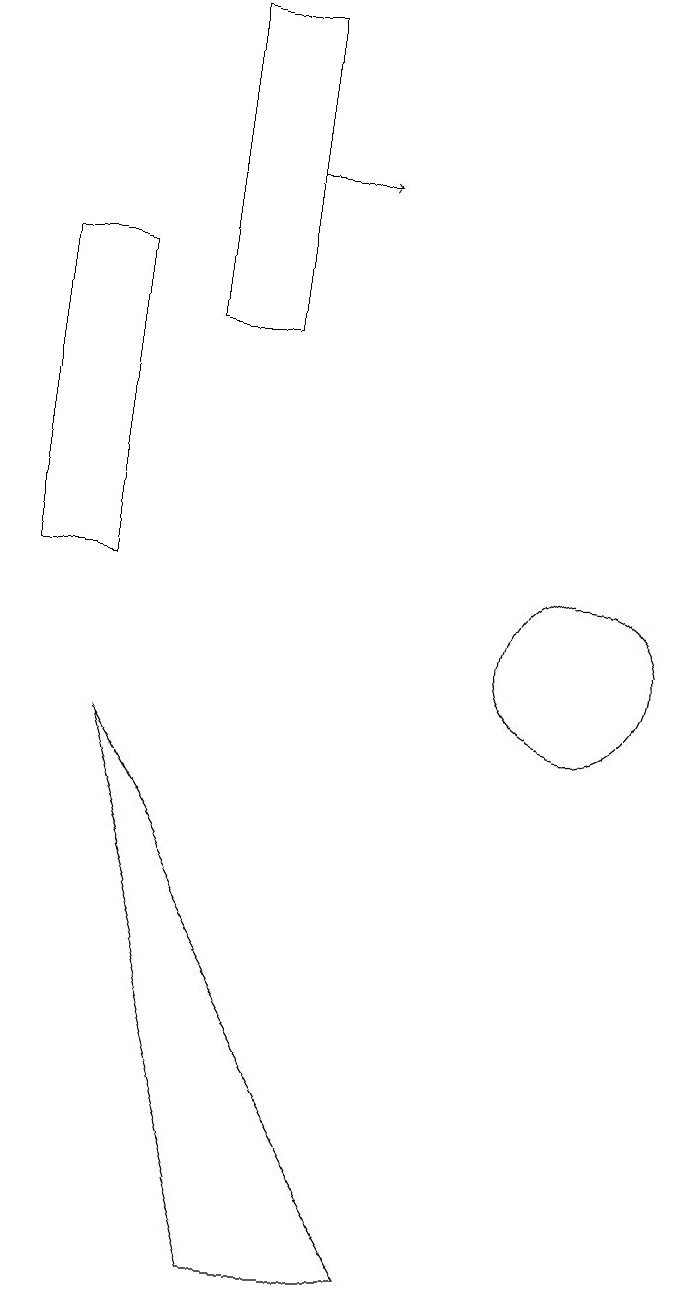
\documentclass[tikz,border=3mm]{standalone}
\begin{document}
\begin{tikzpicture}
\draw (11,10) circle (1);
\draw (4,15) rectangle (5,11);
\draw (6,14) rectangle (7,18);
\draw (7,2) -- (5,9) -- (9,2) -- cycle;
\draw[->] (7,16) -- (8,16);
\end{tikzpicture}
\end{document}